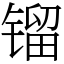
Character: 镏